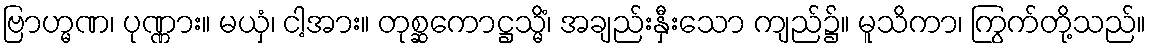
ဗြာဟ္မဏ၊ ပုဏ္ဏား။ မယှံ၊ ငါ့အား။ တုစ္ဆကောဋ္ဌသ္မိံ၊ အချည်းနှီးသော ကျည်၌။ မူသိကာ၊ ကြွက်တို့သည်။